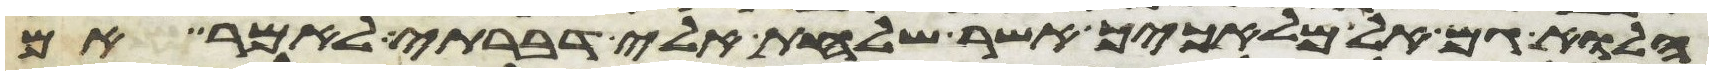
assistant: הלוא גם אל מלאכיך אשר שלחת אלי דברתי לאמר אם